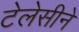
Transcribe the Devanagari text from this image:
टेलेसीने